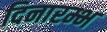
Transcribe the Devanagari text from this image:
दिनारम्भ